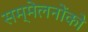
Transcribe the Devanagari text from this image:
सम्मेलनोंको